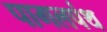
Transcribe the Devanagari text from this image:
पागलपंथ